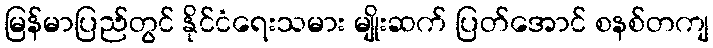
မြန်မာပြည်တွင် နိုင်ငံရေးသမား မျိုးဆက် ပြတ်အောင် စနစ်တကျ